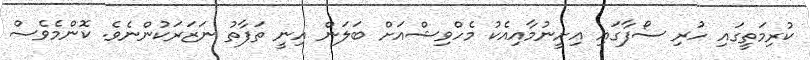
ކުރިމަތީގައި ހުރި ސޯފާގައި އިށީނުމާއިއެކު މެހްވިޝްއަށް ބަލަން އިނީ ތަފާތު ނަޒަރަކުންނެވެ. ކޮންމެވެސް